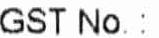
GST NO.: